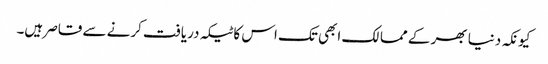
کیونکہ دنیا بھر کے ممالک ابھی تک اس کا ٹیکہ دریافت کرنے سے قاصر ہیں۔